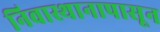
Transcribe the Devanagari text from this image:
निवास्थानापासून